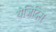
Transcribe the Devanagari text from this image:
येज़िदिस